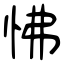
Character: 怫